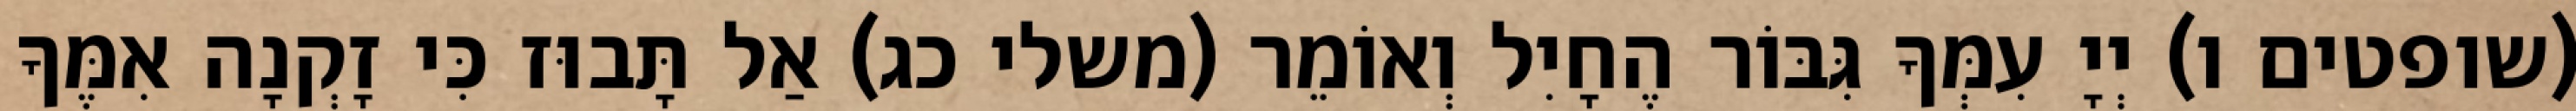
(שופטים ו) יְיָ עִמְּךָ גִּבּוֹר הֶחָיִל וְאוֹמֵר (משלי כג) אַל תָּבוּז כִּי זָקְנָה אִמֶּךָ